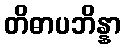
တိဓာပဘိန္နာ